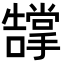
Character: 𭣂